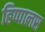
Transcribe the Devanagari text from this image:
हिप्पालस